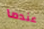
عندما